画像に写った文字を読んでください
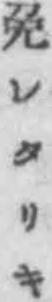
「免レタリキ」と書いてあります